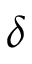
\delta